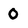
Character: 0